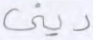
ديني